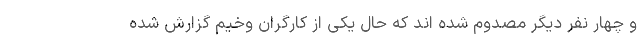
و چهار نفر دیگر مصدوم شده اند که حال یکی از کارگران وخیم گزارش شده